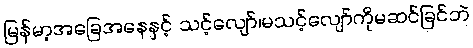
မြန်မာ့အခြေအနေနှင့် သင့်လျော်၊မသင့်လျော်ကိုမဆင်ခြင်ဘဲ